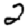
Digit: 2